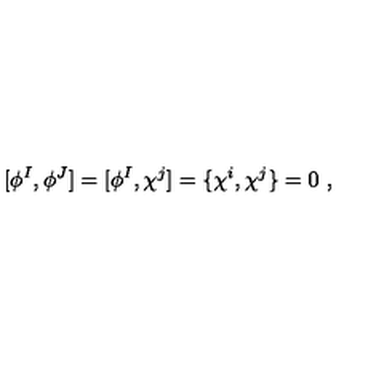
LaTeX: [ \phi ^ { I } , \phi ^ { J } ] = [ \phi ^ { I } , \chi ^ { j } ] = \{ \chi ^ { i } , \chi ^ { j } \} = 0 \ ,